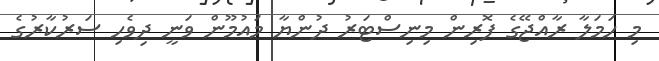
މި ހަމަލާ ރާއްޖޭގެ ފޮރިން މިނިސްޓަރު ދުންޔާ މައުމޫން ވަނީ ދިވެހި ސަރުކާރުގެ